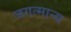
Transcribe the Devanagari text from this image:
जगत्मान्य